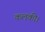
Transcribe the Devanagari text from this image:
कलकी।